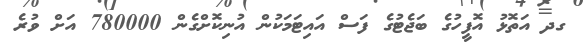
ގދ އަތޮޅު އޮފީހުގެ ބަޖެޓުގެ ފަސް އައިޓަމަކުން އުނިކޮށްގެން 780000 އަށް ވުރެ